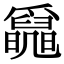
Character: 𤕄